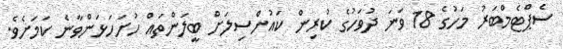
ސެޕްްޓެމްބަރު މަހުގެ 18 ވަނަ ދުވަހުގެ ކުރިން ކައުންސިލަށް ބީލަންތައް ހުށަހަޅަންވާނެ ކަމަށެވެ.